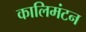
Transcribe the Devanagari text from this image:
कालिमंटन